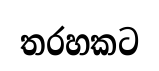
තරහකට